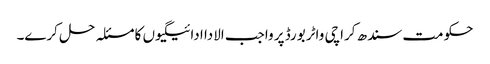
حکومت سندھ کراچی واٹر بورڈ پر واجب الادا ادائیگیوں کا مسئلہ حل کرے۔